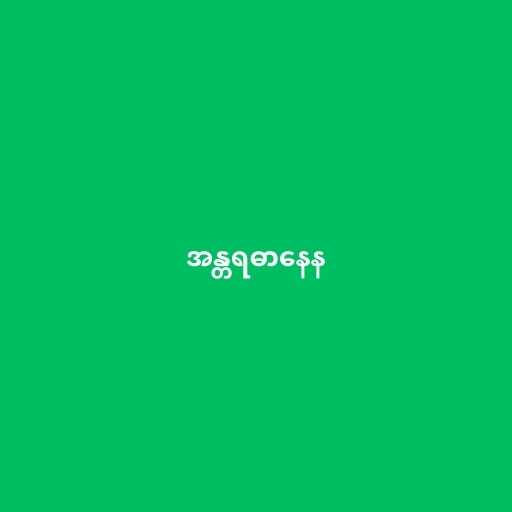
အန္တရဓာနေန